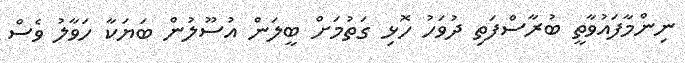
ނިންމާފައުވާތީ ބުރާސްފަތި ދުވަހު ހޮޅި ގަތުމަށް ބީލަން އުސޫލުން ބަޔަކާ ހަވާލު ވެސް